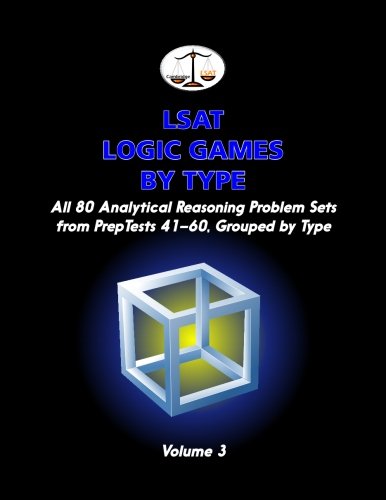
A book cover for LSAT Logic Games by Type, Volume 3: All 80 Analytical Reasoning Problem Sets from PrepTests 41-60, Grouped by Type (Cambridge LSAT); Morley Tatro; Test Preparation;